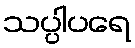
သပ္ပါပရေ